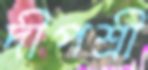
দীপশ্রী